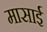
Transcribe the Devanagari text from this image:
मासाई